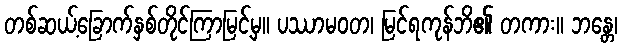
တစ်ဆယ့်ခြောက်နှစ်တိုင်ကြာမြင့်မှ။ ပဿာမဝတ၊ မြင်ရကုန်ဘိ၏ တကား။ ဘန္တေ၊